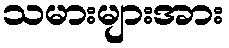
သမားများအား